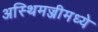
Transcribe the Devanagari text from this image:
अस्थिमज्जीमध्ये